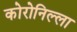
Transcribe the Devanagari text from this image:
कोरोनिल्ला